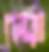
চোরা